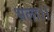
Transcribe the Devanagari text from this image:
भला।।